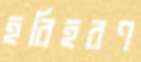
হরিহরণ